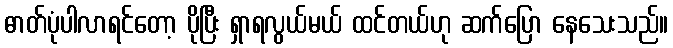
ဓာတ်ပုံပါလာရင်တော့ ပိုပြီး ရှာရလွယ်မယ် ထင်တယ်ဟု ဆက်ပြော နေသေးသည်။